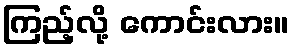
ကြည့်လို့ ကောင်းလား။